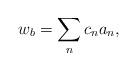
LaTeX: \begin{align*}w_b = \sum_{n} c_n a_n,\end{align*}